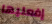
إفعليها